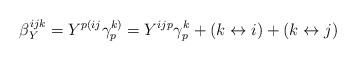
LaTeX: \begin{align*}\beta_Y^{ijk}= Y^{p(ij}\gamma^{k)}_p =Y^{ijp}\gamma^k_p+(k\leftrightarrow i)+(k\leftrightarrow j)\end{align*}